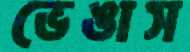
ভেঙাস